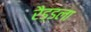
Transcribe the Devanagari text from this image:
रैड्डला